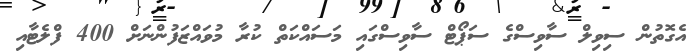
އެގޮތުން ސިވިލް ސާވިސްގެ ސަޕޯޓް ސާވިސްގައި މަސައްކަތް ކުރާ މުވައްޒަފުންނަށް 400 ފްލެޓާއި